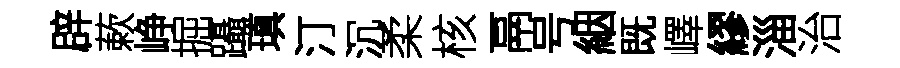
辟蔌峥掘躡瑱汀沉柔核鬲号絪既嶧繆淄治